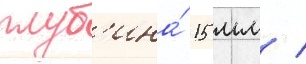
глуб'ина́ 15 мм /